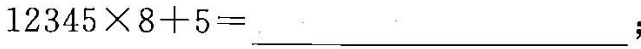
$$1 2 3 4 5 \times 8 + 5 = ___$$；